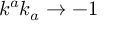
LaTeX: k ^ { a } k _ { a } \rightarrow - 1